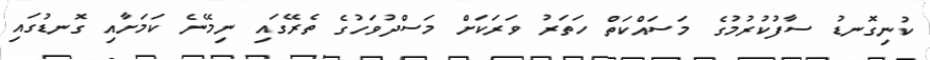
ކުނިގޮނޑު ސާފުކުރުމުގެ މަސައްކަތް ހަތަރު ވަރަކަށް މަސްދުވަހުގެ ތެރޭގައި ނިމޭނެ ކަމަށާއި ގޮނޑުގައި